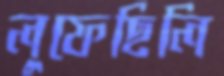
লুফেছিলি